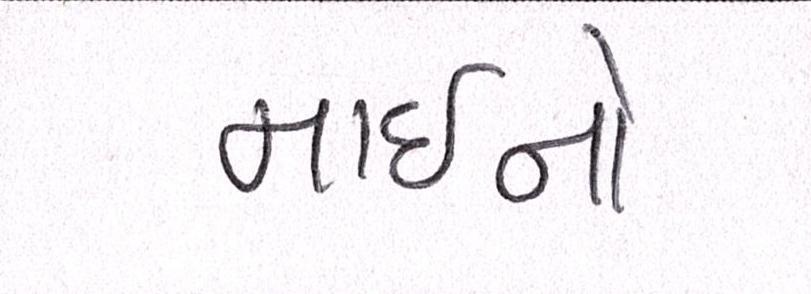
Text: માઇનો